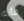
فأنه